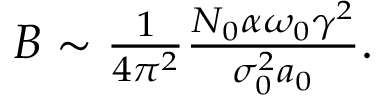
\begin{array} { r } { B \sim \frac { 1 } { 4 \pi ^ { 2 } } \frac { N _ { 0 } \alpha \omega _ { 0 } \gamma ^ { 2 } } { \sigma _ { 0 } ^ { 2 } a _ { 0 } } . } \end{array}